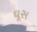
ઘૂસ